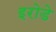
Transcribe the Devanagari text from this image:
इरोडे